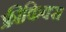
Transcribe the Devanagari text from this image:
फ्रीकिक्स